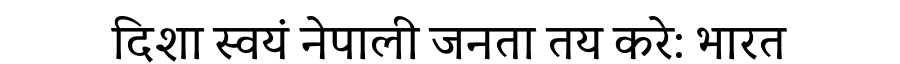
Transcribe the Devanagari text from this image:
दिशा स्वयं नेपाली जनता तय करे: भारत